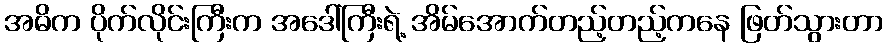
အဓိက ပိုက်လိုင်းကြီးက အဒေါ်ကြီးရဲ့ အိမ်အောက်တည့်တည့်ကနေ ဖြတ်သွားတာ